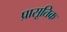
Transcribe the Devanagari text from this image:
प्रासूतिक